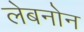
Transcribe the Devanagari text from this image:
लेबनोन